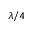
\lambda / 4